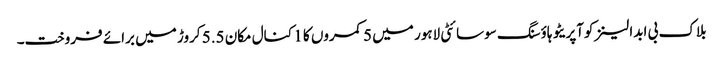
بلاک بی ابدالینزکوآپریٹو ہاؤسنگ سوسائٹی لاہور میں 5 کمروں کا 1 کنال مکان 5.5 کروڑ میں برائے فروخت۔